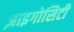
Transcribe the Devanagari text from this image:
ज़ाइगोसिटी